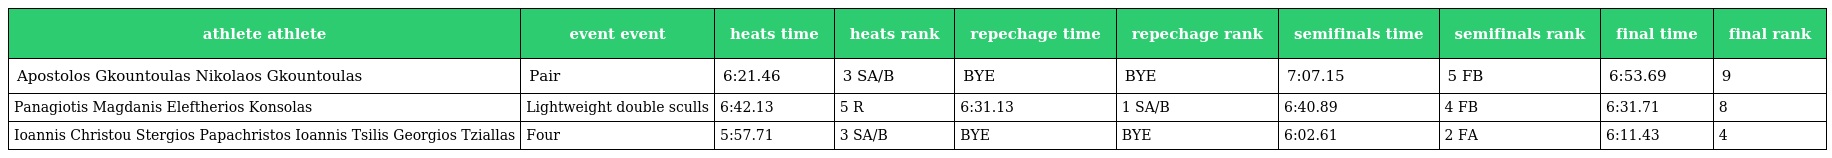
| athlete athlete | event event | heats time | heats rank | repechage time | repechage rank | semifinals time | semifinals rank | final time | final rank |
 | --- | --- | --- | --- | --- | --- | --- | --- | --- | --- |
 | Apostolos Gkountoulas Nikolaos Gkountoulas | Pair | 6:21.46 | 3 SA/B | BYE | BYE | 7:07.15 | 5 FB | 6:53.69 | 9 |
 | Panagiotis Magdanis Eleftherios Konsolas | Lightweight double sculls | 6:42.13 | 5 R | 6:31.13 | 1 SA/B | 6:40.89 | 4 FB | 6:31.71 | 8 |
 | Ioannis Christou Stergios Papachristos Ioannis Tsilis Georgios Tziallas | Four | 5:57.71 | 3 SA/B | BYE | BYE | 6:02.61 | 2 FA | 6:11.43 | 4 |